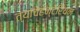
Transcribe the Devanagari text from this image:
त्यांचेहन्टेरियन